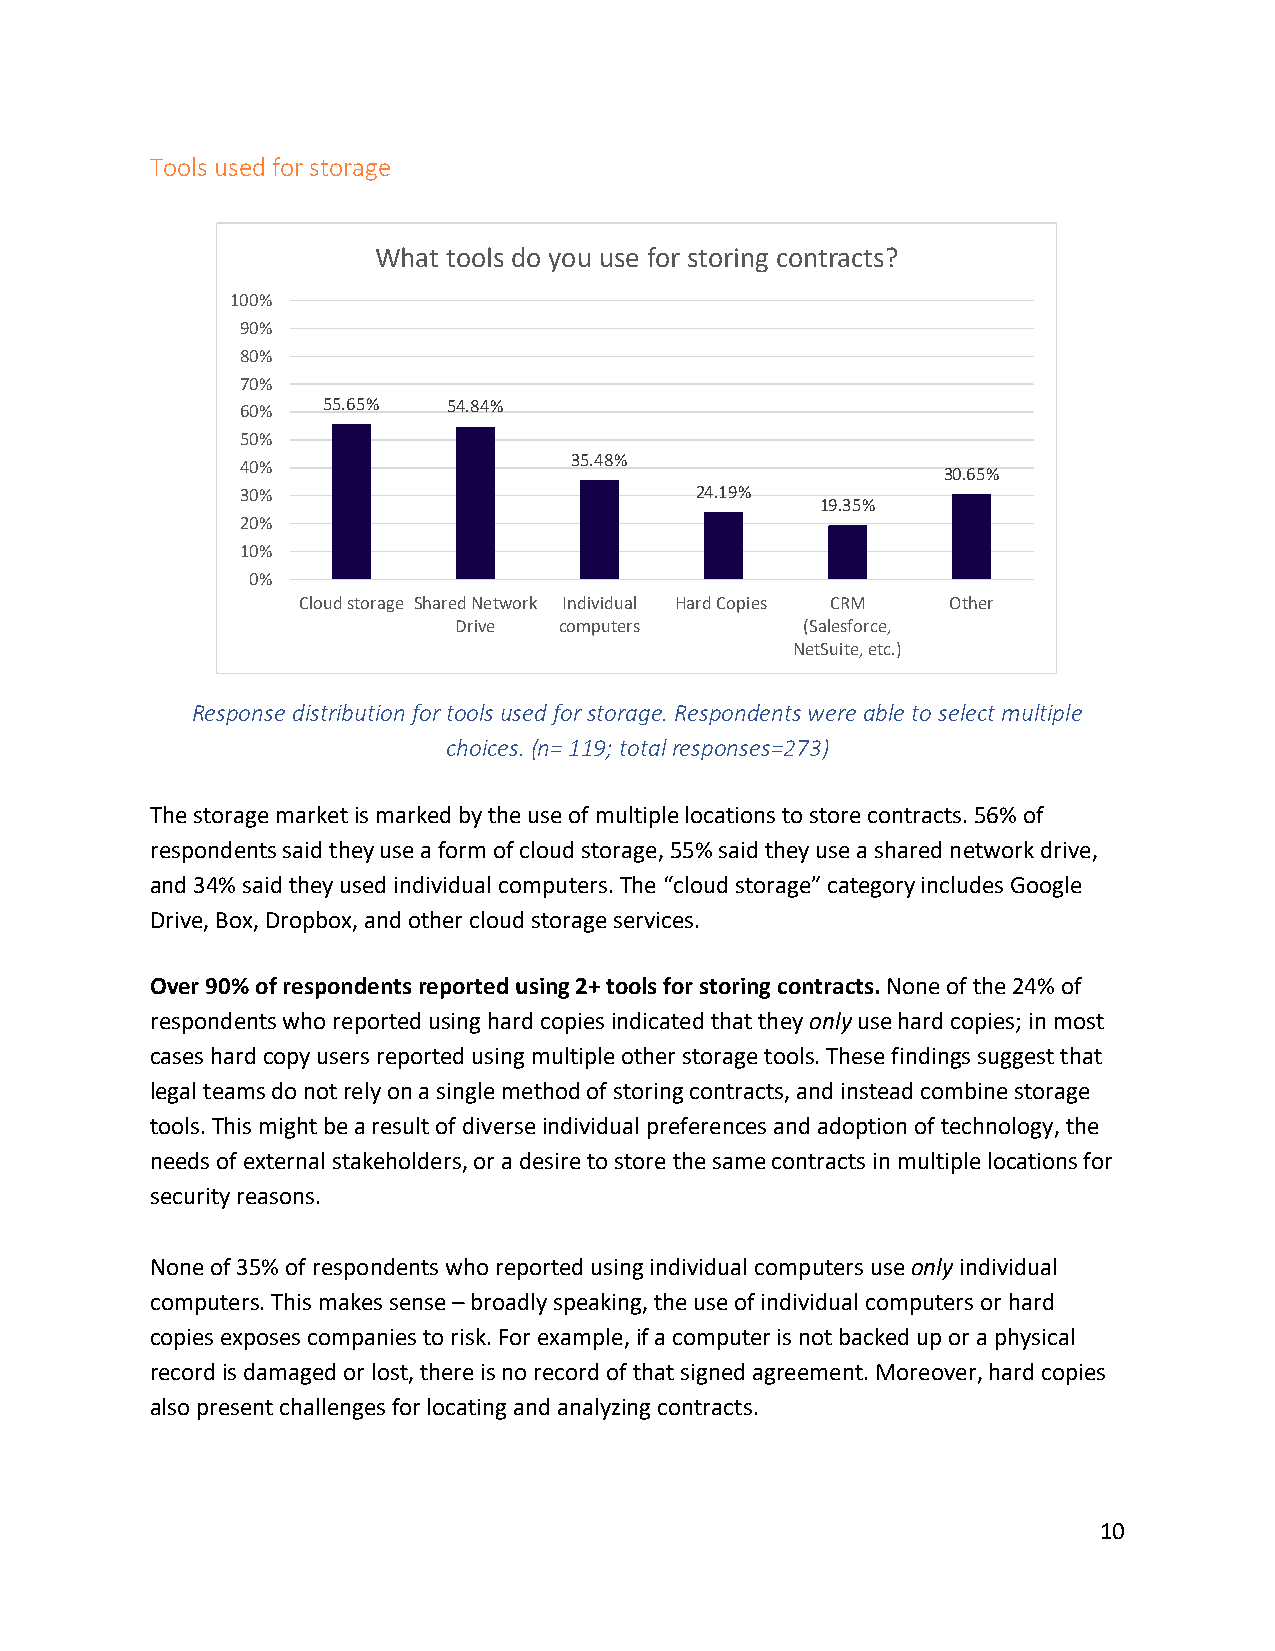
Tools used for storage
 What tools do you use for storing contracts?
 100%
 90%
 80%
 70%
 60%  55.65%   54.84%
 50%
 35.48%
 40%
 30.65%
 30%                           24.19%
 19.35%
 20%
 10%
 0%
 Cloud storage Shared Network Individual Hard Copies CRM Other
 Drive  computers       (Salesforce,
 NetSuite, etc.)
 Response distribution for tools used for storage. Respondents were able to select multiple
 choices. (n= 119; total responses=273)
 The storage market is marked by the use of multiple locations to store contracts. 56% of
 respondents said they use a form of cloud storage, 55% said they use a shared network drive,
 and 34% said they used individual computers. The “cloud storage” category includes Google
 Drive, Box, Dropbox, and other cloud storage services.
 Over 90% of respondents reported using 2+ tools for storing contracts. None of the 24% of
 respondents who reported using hard copies indicated that they only use hard copies; in most
 cases hard copy users reported using multiple other storage tools. These findings suggest that
 legal teams do not rely on a single method of storing contracts, and instead combine storage
 tools. This might be a result of diverse individual preferences and adoption of technology, the
 needs of external stakeholders, or a desire to store the same contracts in multiple locations for
 security reasons.
 None of 35% of respondents who reported using individual computers use only individual
 computers. This makes sense – broadly speaking, the use of individual computers or hard
 copies exposes companies to risk. For example, if a computer is not backed up or a physical
 record is damaged or lost, there is no record of that signed agreement. Moreover, hard copies
 also present challenges for locating and analyzing contracts.
 10